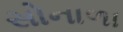
સોનાળા